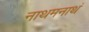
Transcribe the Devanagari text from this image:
नाथमनाथं